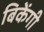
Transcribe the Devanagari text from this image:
बिकेंगी